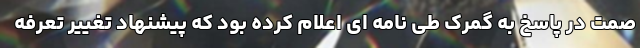
صمت در پاسخ به گمرک طی نامه ای اعلام کرده بود که پیشنهاد تغییر تعرفه